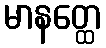
မာနတ္ထေ